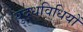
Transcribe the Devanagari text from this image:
युद्धविधियों